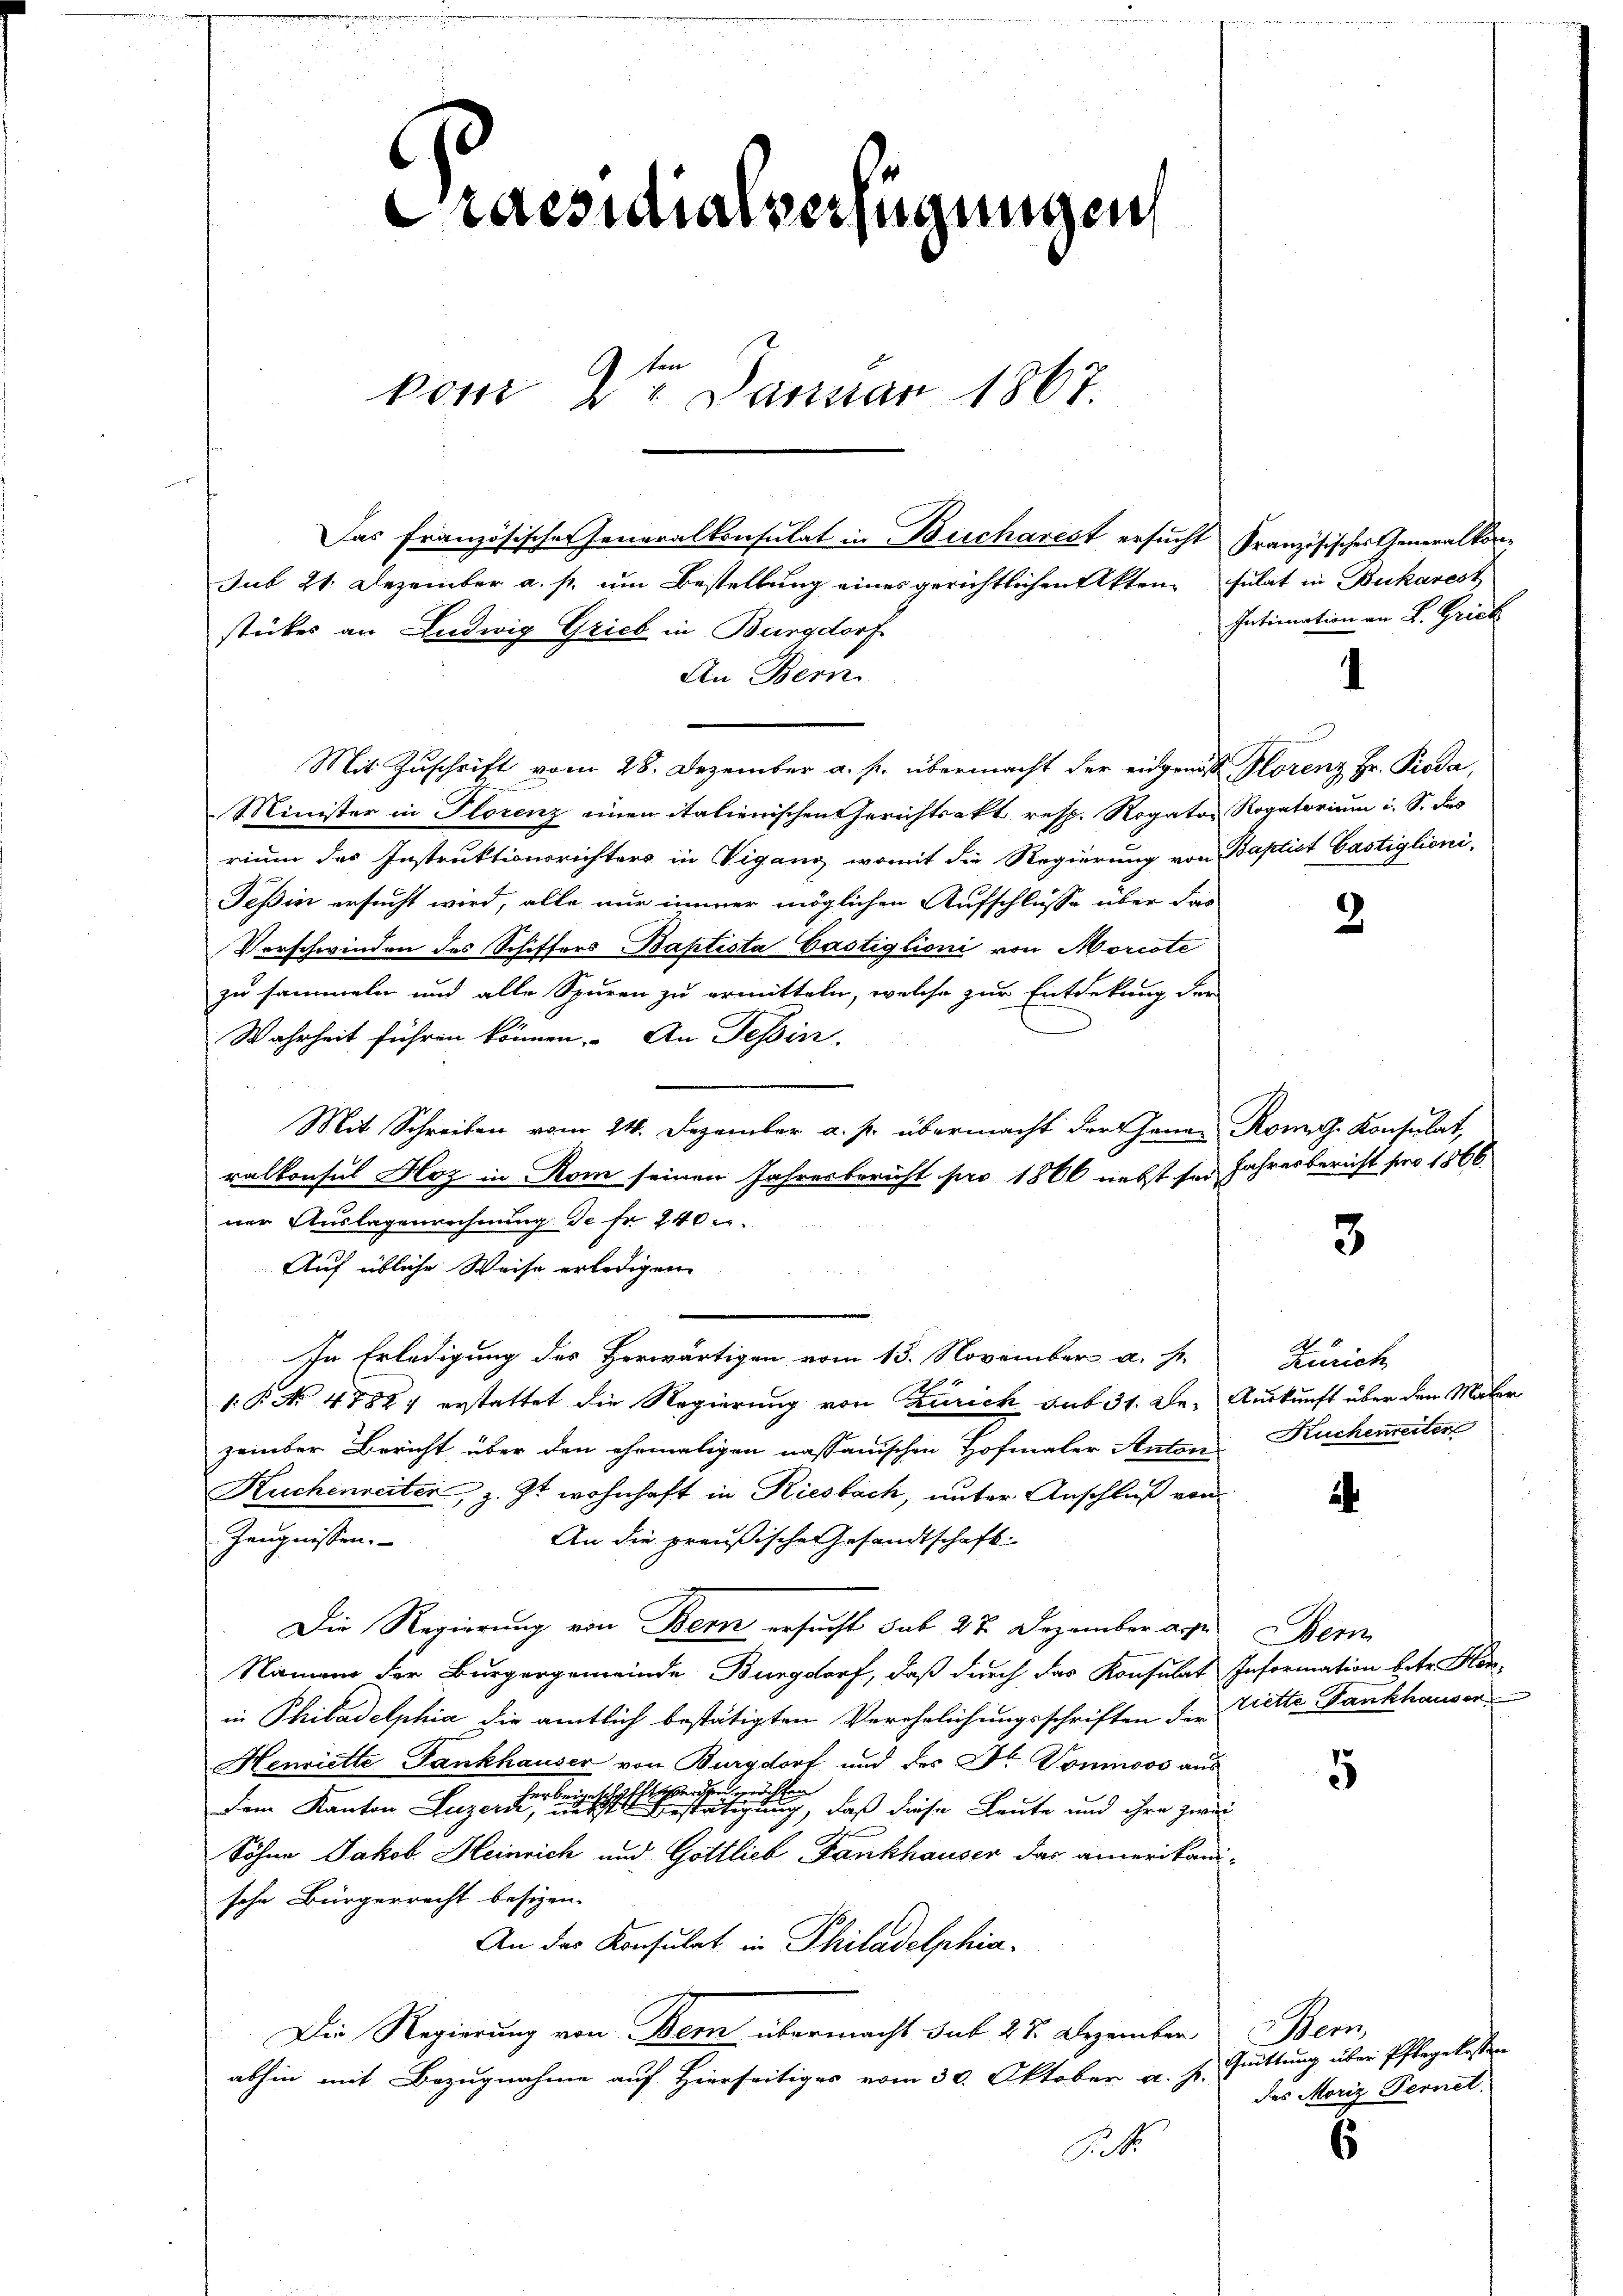
Praesidialverfügungen
ten
vom 22. Januar 1867.

sub 21. Dezember a. p. um Bestellung eines gerichtlichen Akten Fulat in Bukarest
stückes an Ludwig Grieb in Burgdorf
An Bern
Mit Zuschrift vom 28. Dezember a. p. übermacht der eidgenoß Plorenz Hr. Pioda,
Minister in Florenz einen italienischen Gerichtsakt resp. Rogator Rogatorium i. S. des
rium des Instruktionsrichters in Vigang, womit die Regierung von Baptist Castiglioni,
Teßin ersucht wird, alle nur immer möglichen Aufschlüsse über das
Vorschwinden des Schiffers Baptista Gastiglioni von Morcote
zu sammeln und alle Spuren zu ermitteln, welche zur Entdekung der
Wahrheit führen können. An Tessin.
Mit Schreiben vom 24. Dezember a. p. übermacht der jenen Rom. Konsulat,
ralkonsul Hoz in Rom seinen Jahresbericht für 1860 nebst sei Jahresbericht pro 1866
ner Auslagenrechnung de fr. 240.
Auf übliche Weise erledigen
In Erledigung des Herwärtigen vom 13. November a. s. Zürich
1.P. No. 4788: erstattet die Regierung von Zürich sub 31. Der Auskunft über den Maler
zember Bericht, über den ehemaligen nassauischen Hofmaler Autzer Kuchenreiter
Kuchenreiter, z. Zt. wohnhaft in Riesbach, unter Anschluß von
Zeugnissen.
An die preußische Gesandtschaft
Die Regierung von Bern ersucht sub 27. Dezember ange Bern
Namen der Bürgergemeinde Burgdorf, daß durch das Konsulat Information betr. Hanin Philadelphia die amtlich bestätigten Verehelichungsschriften der Vette Fankhauser
Henriette Fankhauser von Burgdorf und des Dr. Vomoos aus
Zusenden möchten
Dem Kanton Luzern Gestätigung, daß diese Leute und ihre zwei
Söhne Jakob Heinrich und Gottlieb Fankhauser das amerikanische Bürgerrecht besizen.
An das Konsulat in Philadelphia¬
Die Regierung von Bern übermacht sub 27. Dezember
abhin mit Bezugnahme auf Hierseitiges vom 30. Oktober a. h. Guittung über Pflegekosten
St

Das französischer Generalkonsulat in Bucharest ersucht französischer Generalkon-

Intimation an L. Grick

2

3

2

5

6

Hern
des Moriz Fernet.